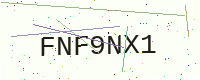
Text: FNF9NX1